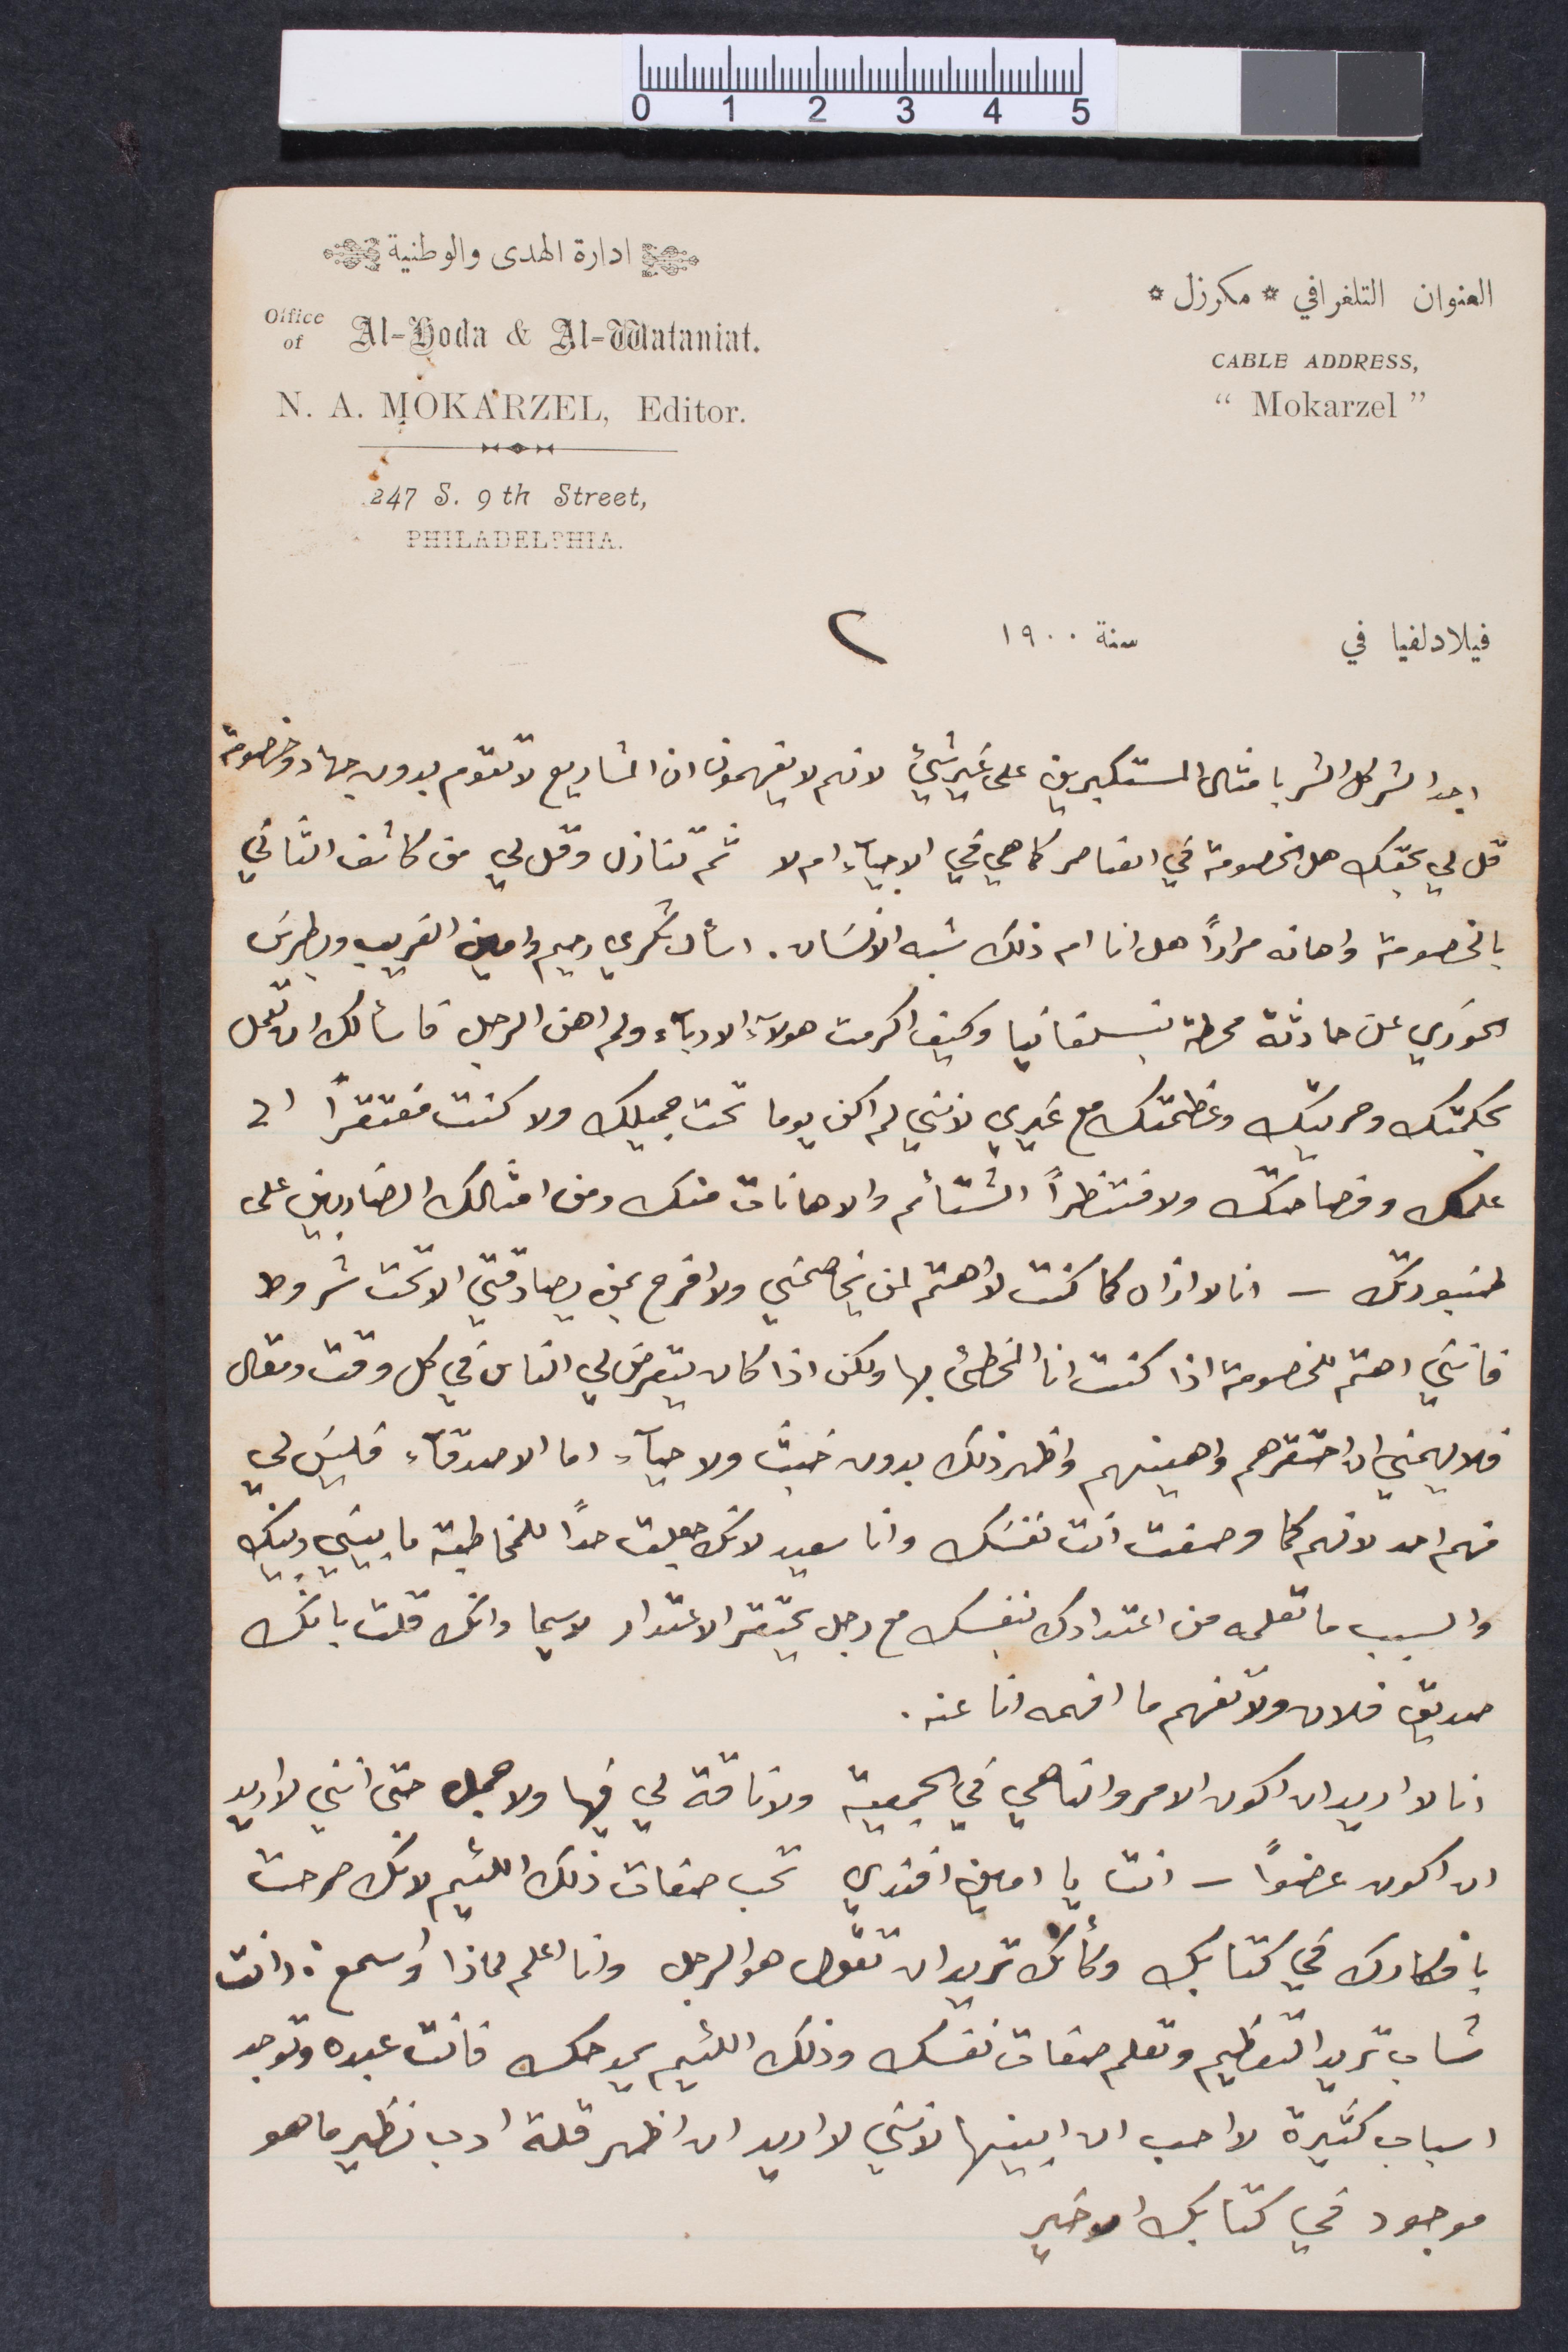
إدارة الهدى والوطنية
العنوان التلغرافي مكرزل
سنة ١٩٠٠
اجد الشر كل الشكر بأمثال المستكبرين على غير شيء لانهم لا يفهمون ان المشاريع لا تقول بدون جهاد وخصومة
قل لي بحقك هل الخصومة في العناصر كما هي في الاحياء ام لا ثم تنازل وقل لي متى كانت الثاني
بالخصومة واهانه مرارًا هل انا ام ذلك شبه الانسان. اسأل شكري رحيم وامين الغريب وبطرس
الخوري عن حادثة محطة بنسلفانيا وكيف اكرمت هؤلاء الادباء ولم اهن الرجل فاسألك ان تعمل
بحكمتك وحريتك وعظمتك مع غيري لانني لم اكن يومًا تحت جميلك ولا كنت مفتقرًا الى
علمك وفصاحتك ولا منتظرًا الشتائم والاهانات منك ومن امثالك الضاربين على
طنبورتك__انا لا اقرأه كما كنت لاهتم لمن يخاصمني ولا افرح بمن يصادقني الا تحت شروط
فانني اهتم للخصومة اذا كنت انا المخطئ بها ولكن اذا كان يتعرض لي الناس في كل وقت ومقال
فلا يهمني ان احتقرهم واهينهم بدون خبث ولا حيآء. اما الأصدقاء فليس لي
منهم احد كما وصفت انت نفسك وانا سعيد لانك جعلت حدًا للمخاطبة ما بيني وبينك
والسبب ما تعلمه من اعتدادك بنفسك مع رجل يحتقر الاعتداد لا سيما وانك قلت بانك
صديق فلان ولا تفهم ما افهمه انا عنه
انا لا اريد ان أكون الامر والناهي في الجمعية ولا ناقة لي فيها ولا جمل حتى انني لا اريد
ان أكون عضوًا__انت يا امين افندي تحت صفات ذلك اللئيم لانك صرحت
بافكارك في كتابك وكأنك تريد ان تقول هو الرجل وانا اعلم لماذا إسمع: انت
شاب تريد التعظيم وتعلم صفات نفسك وذلك اللئيم يمدحك فانت عبده وتوجد
أسباب كثيرة لا احب ان ابينها لانني لا اريد ان اظهر قلة ادب نظير ما هو
موجود في كتابك الأخير